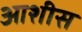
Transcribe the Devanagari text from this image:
आशीस